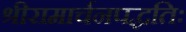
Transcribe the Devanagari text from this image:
श्रीरामार्चनपद्धतिः